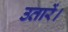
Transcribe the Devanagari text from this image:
उतारें।